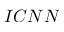
I C N N